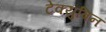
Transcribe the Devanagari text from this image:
टेक्युबिन